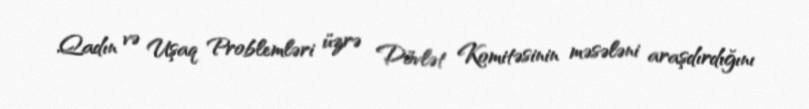
Qadın və Uşaq Problemləri üzrə Dövlət Komitəsinin məsələni araşdırdığını